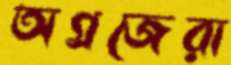
অগ্রজেরা